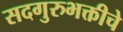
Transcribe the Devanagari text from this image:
सदगुरुभक्तीचे